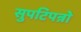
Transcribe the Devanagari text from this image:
सुपटिपन्नो